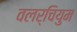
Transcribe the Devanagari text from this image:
वलर्चियुम